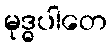
မုဒ္ဓပါတေ